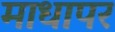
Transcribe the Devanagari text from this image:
माधापर